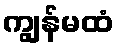
ကျွန်မထံ